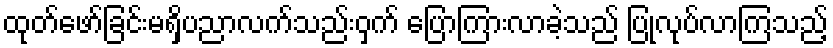
ထုတ်ဖော်ခြင်းမရှိပညာလက်သည်းဝှက် ပြောကြားလာခဲ့သည် ပြုလုပ်လာကြသည့်